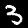
Digit: 3